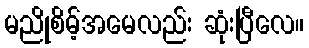
မညိုစိမ့်အမေလည်း ဆုံးပြီလေ။